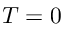
T = 0